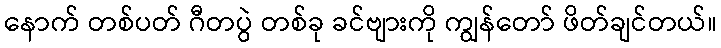
နောက် တစ်ပတ် ဂီတပွဲ တစ်ခု ခင်ဗျားကို ကျွန်တော် ဖိတ်ချင်တယ်။